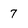
Character: 7